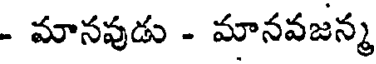
- మానవుడు - మానవజన్మ